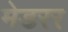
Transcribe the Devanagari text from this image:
मेडरर